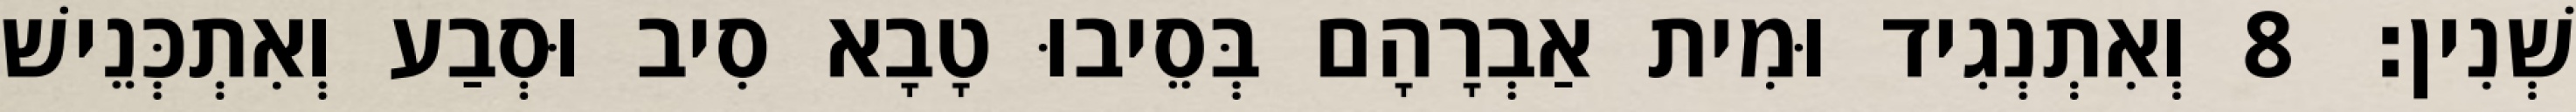
שְׁנִין׃ 8 וְאִתְנְגִיד וּמִית אַבְרָהָם בְּסֵיבוּ טָבָא סִיב וּסְבַע וְאִתְכְּנֵישׁ